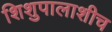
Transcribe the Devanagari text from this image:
शिशुपालाशीच